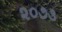
૨૦૭૩